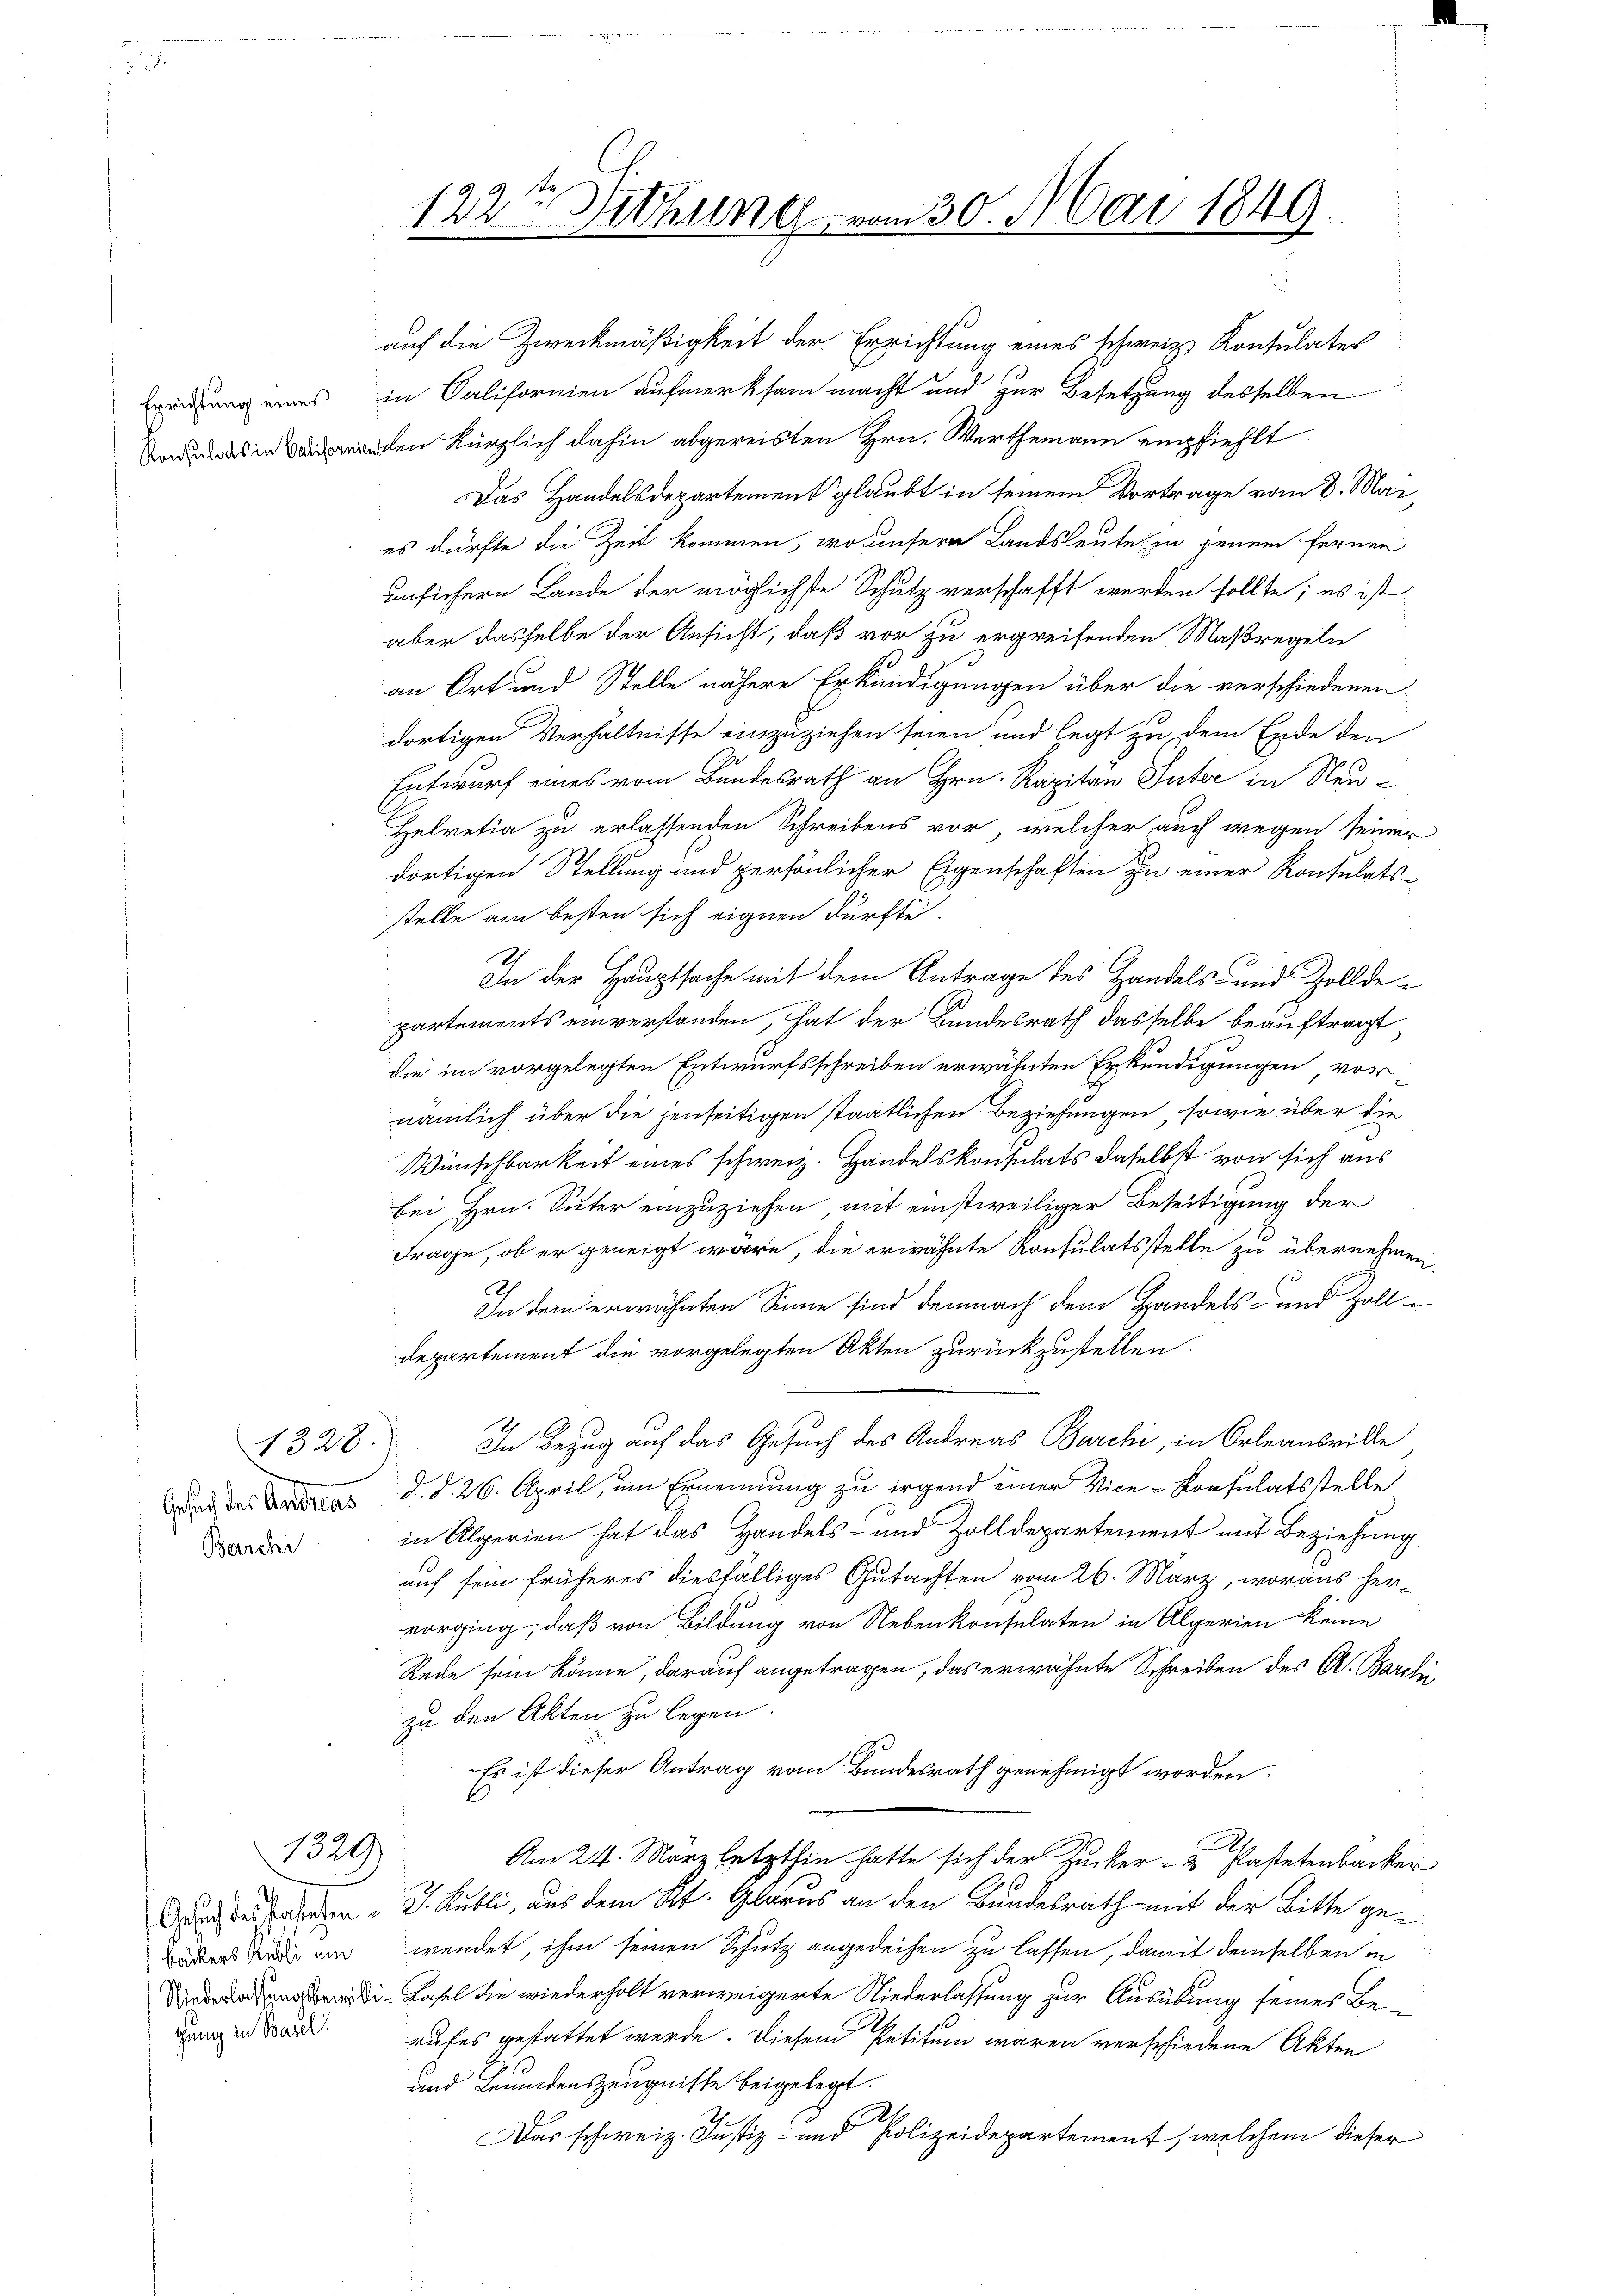
1328.
Barchi

1329)

bäckers Kubli und
gung in Basel.

den kürzlich dahin abgereisten Hrn. Werthemann empfiehlt.
Das Handelsdepartement glaubt in seinem Vortrage vom 8. Mai,
es dürfte die Zeit kommen, wo unsere Landsleute in jenem fernen
unsichern Lande der möglichste Schutz verschafft werden sollte; es ist
aber dasselbe der Ansicht, daß vor zu ergreifenden Maßregeln
an Ort und Stelle nähere Erkundigungen über die verschiedenen
dortigen Verhältnisse einzuziehen seien und legt zu dem Ende den
Entwurf eines vom Bundesrath an Hrn. Kapitan Inter in Neu¬
Helvetia zu erlassenden Schreibens vor, welcher auch wegen seiner
dortigen Stellung und persönlicher Eigenschaften zu einer Kontulats-
stelle am besten sich eignen dürfte.
In der Hauptsache mit dem Antrage des Handels- und Zolldepartements einverstanden, hat der Bundesrath dasselbe beauftragt,
die im vorgelegten Entwurfsschreiben erwähnten Erkundigungen vor-
nämlich über die jenseitigen staatlichen Beziehungen, sowie über die
Wünschbarkeit eines schweiz. Handelskonsulats daselbst von sich aus
bei Hrn. Suter einzuziehen, mit einstweiliger Beseitigung der
Frage, ob er geneigt wäre, die erwähnte Konsulatsstelle zu übernehmen.
2
In dem erwähnten Sinne sind demnach dem Handels- und Zolldepartement die vorgelegten Akten zurückzustellen.
In Bezug auf das Gesuch des Andreas Barchi, in Orleansville
ad des Seras d. d. 26. April, um Ernennung zu irgend einer Vice-Konsulatsstelle
in Alperien hat das Handels- und Zolldepartement mit Beziehung
auf sein früheres diesfälliges Gutachten vom 26. März, woraus her-
vorging, daß von Bildung von Nebenkonsulaten in Algerien keine
Rede sein könne, darauf angetragen, das erwähnte Schreiben des A. Barchi
zu den Akten zu legen.
Es ist dieser Antrag vom Bundesrath genehmigt worden.
6
Am 24. März letzthin hatte sich der Zucker- u Plastetenbacker
durch des Taschen u. Kubli, aus dem St. Glarus an den Bundesrath mit der Bitte gewendet, ihm seinen Schutz angedeihen zu lassen, damit demselben in
di Kasel die wiederholt verweigerte Niederlassung zur Ausübung seines Berufes gestattet werde. Diesem Petitum waren verschiedene Akten
und Leumdenszeugnisse beigelegt.
D.
Das schweiz. Justiz- und Polizeidepartement, welchem dieser

auf die Zweckmäßigkeit der Errichtung eines schweiz. Konsulates
iung eines in Salifornien aufmerksam macht und zur Besetzung desselben

122te Sitzung vom 30. Mai 1849